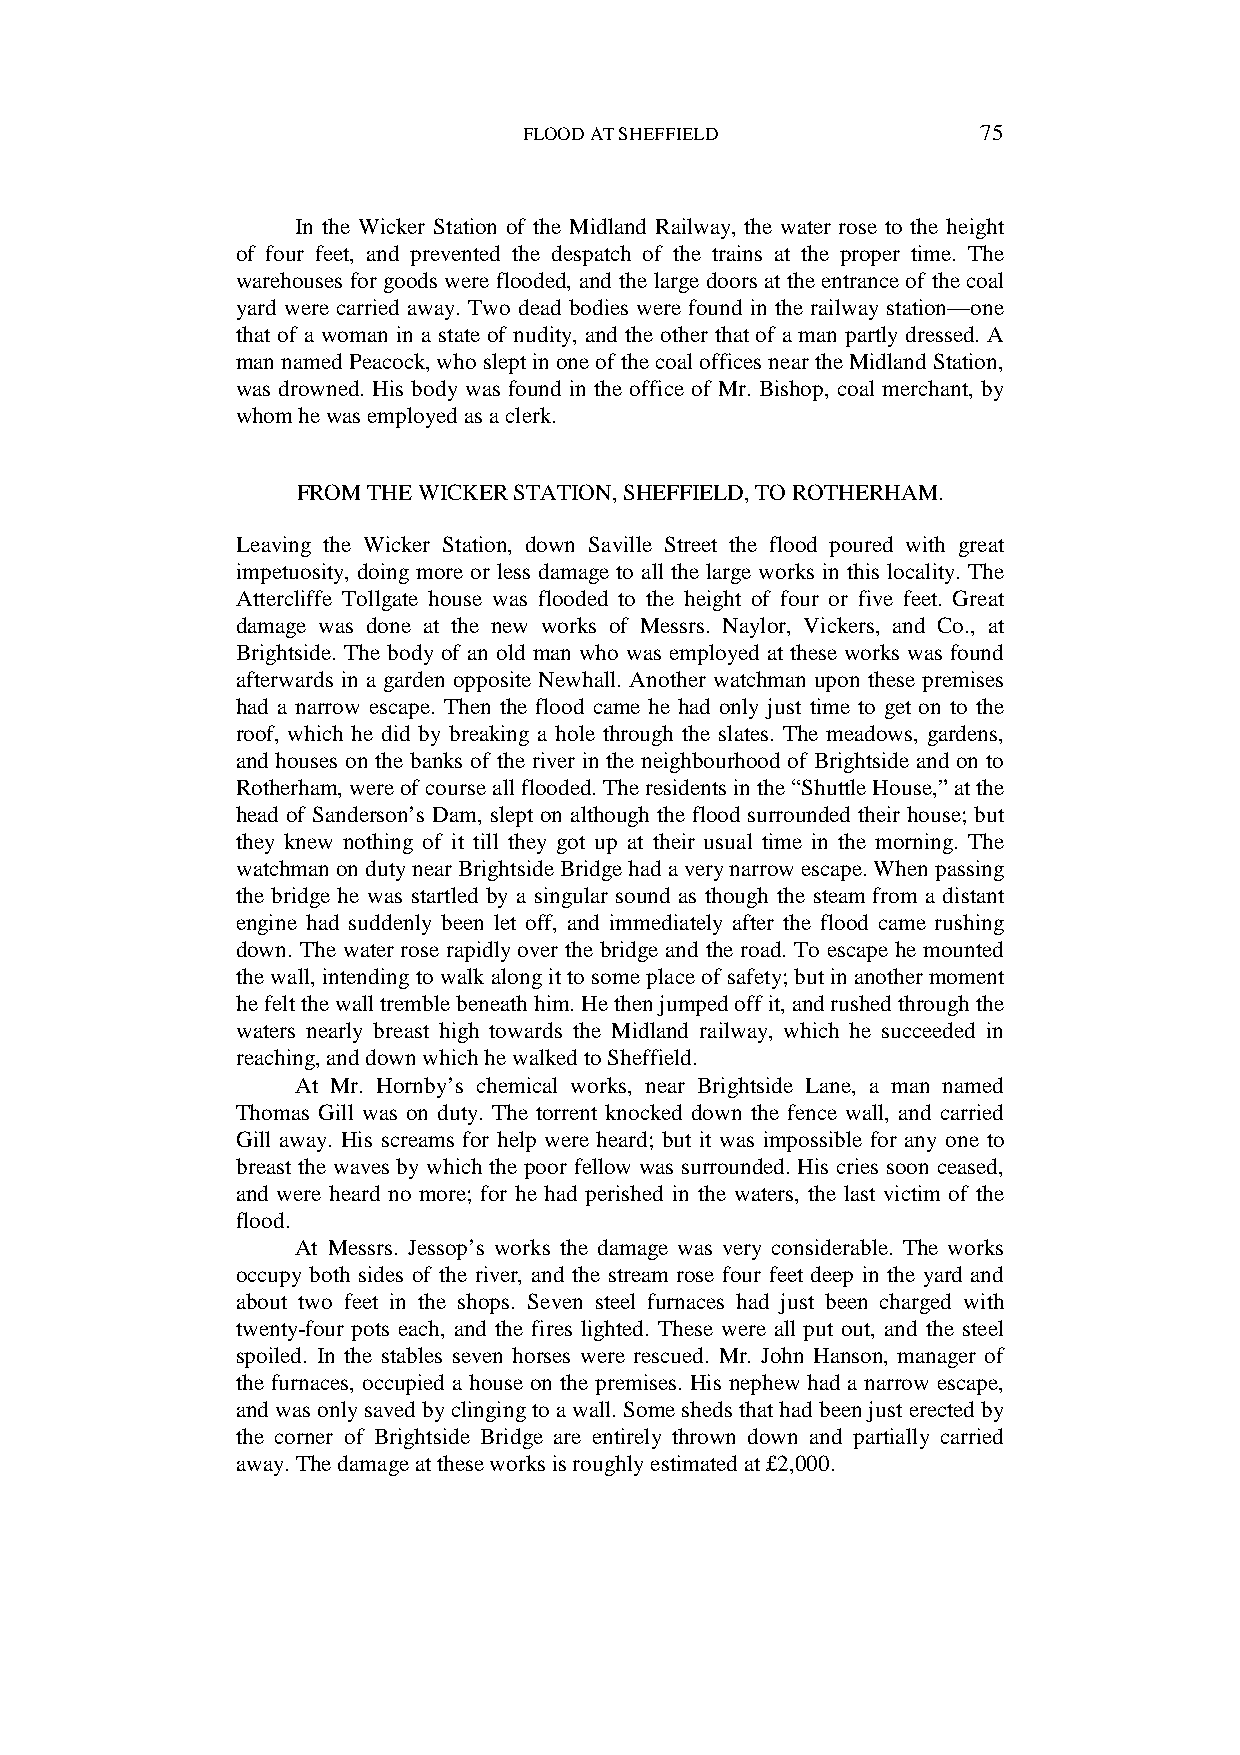
FLOOD AT SHEFFIELD            75
 In the Wicker Station of the Midland Railway, the water rose to the height
 of four feet, and prevented the despatch of the trains at the proper time. The
 warehouses for goods were flooded, and the large doors at the entrance of the coal
 yard were carried away. Two dead bodies were found in the railway station—one
 that of a woman in a state of nudity, and the other that of a man partly dressed. A
 man named Peacock, who slept in one of the coal offices near the Midland Station,
 was drowned. His body was found in the office of Mr. Bishop, coal merchant, by
 whom he was employed as a clerk.
 FROM THE WICKER STATION, SHEFFIELD, TO ROTHERHAM.
 Leaving the Wicker Station, down Saville Street the flood poured with great
 impetuosity, doing more or less damage to all the large works in this locality. The
 Attercliffe Tollgate house was flooded to the height of four or five feet. Great
 damage was done at the new works of Messrs. Naylor, Vickers, and Co., at
 Brightside. The body of an old man who was employed at these works was found
 afterwards in a garden opposite Newhall. Another watchman upon these premises
 had a narrow escape. Then the flood came he had only just time to get on to the
 roof, which he did by breaking a hole through the slates. The meadows, gardens,
 and houses on the banks of the river in the neighbourhood of Brightside and on to
 Rotherham, were of course all flooded. The residents in the “Shuttle House,” at the
 head of Sanderson’s Dam, slept on although the flood surrounded their house; but
 they knew nothing of it till they got up at their usual time in the morning. The
 watchman on duty near Brightside Bridge had a very narrow escape. When passing
 the bridge he was startled by a singular sound as though the steam from a distant
 engine had suddenly been let off, and immediately after the flood came rushing
 down. The water rose rapidly over the bridge and the road. To escape he mounted
 the wall, intending to walk along it to some place of safety; but in another moment
 he felt the wall tremble beneath him. He then jumped off it, and rushed through the
 waters nearly breast high towards the Midland railway, which he succeeded in
 reaching, and down which he walked to Sheffield.
 At Mr. Hornby’s chemical works, near Brightside Lane, a man named
 Thomas Gill was on duty. The torrent knocked down the fence wall, and carried
 Gill away. His screams for help were heard; but it was impossible for any one to
 breast the waves by which the poor fellow was surrounded. His cries soon ceased,
 and were heard no more; for he had perished in the waters, the last victim of the
 flood.
 At Messrs. Jessop’s works the damage was very considerable. The works
 occupy both sides of the river, and the stream rose four feet deep in the yard and
 about two feet in the shops. Seven steel furnaces had just been charged with
 twenty-four pots each, and the fires lighted. These were all put out, and the steel
 spoiled. In the stables seven horses were rescued. Mr. John Hanson, manager of
 the furnaces, occupied a house on the premises. His nephew had a narrow escape,
 and was only saved by clinging to a wall. Some sheds that had been just erected by
 the corner of Brightside Bridge are entirely thrown down and partially carried
 away. The damage at these works is roughly estimated at £2,000.